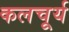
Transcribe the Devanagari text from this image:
कलचूर्य